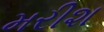
મરીશ